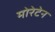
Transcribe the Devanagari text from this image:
मोरेटेन